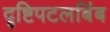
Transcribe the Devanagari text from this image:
दृष्टिपटलबिंब